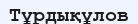
Тұрдықұлов